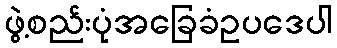
ဖွဲ့စည်းပုံအခြေခံဥပဒေပါ